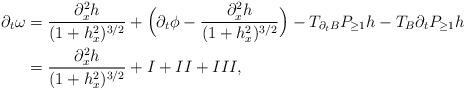
LaTeX: \begin{align*}\partial_t\omega &= \frac{\partial_x^2 h}{(1+h_x^2)^{3/2}} + \Big( \partial_t \phi - \frac{\partial_x^2 h}{(1+h_x^2)^{3/2}} \Big) - T_{\partial_tB}P_{\geq 1}h - T_B\partial_tP_{\geq 1}h\\&= \frac{\partial_x^2 h}{(1+h_x^2)^{3/2}} + I + II + III,\end{align*}